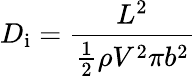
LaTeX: D_{\mathrm{i}}={\frac{L^{2}}{{\frac{1}{2}}\rho V^{2}\pi b^{2}}}